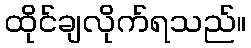
ထိုင်ချလိုက်ရသည်။